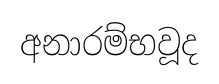
අනාරම්භවූද